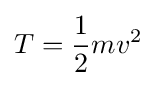
T={\frac {1}{2}}mv^{2}